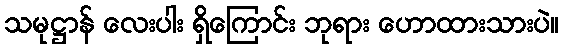
သမုဋ္ဌာန် လေးပါး ရှိကြောင်း ဘုရား ဟောထားသားပဲ။